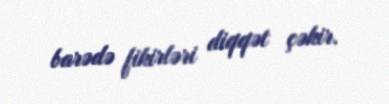
barədə fikirləri diqqət çəkir.